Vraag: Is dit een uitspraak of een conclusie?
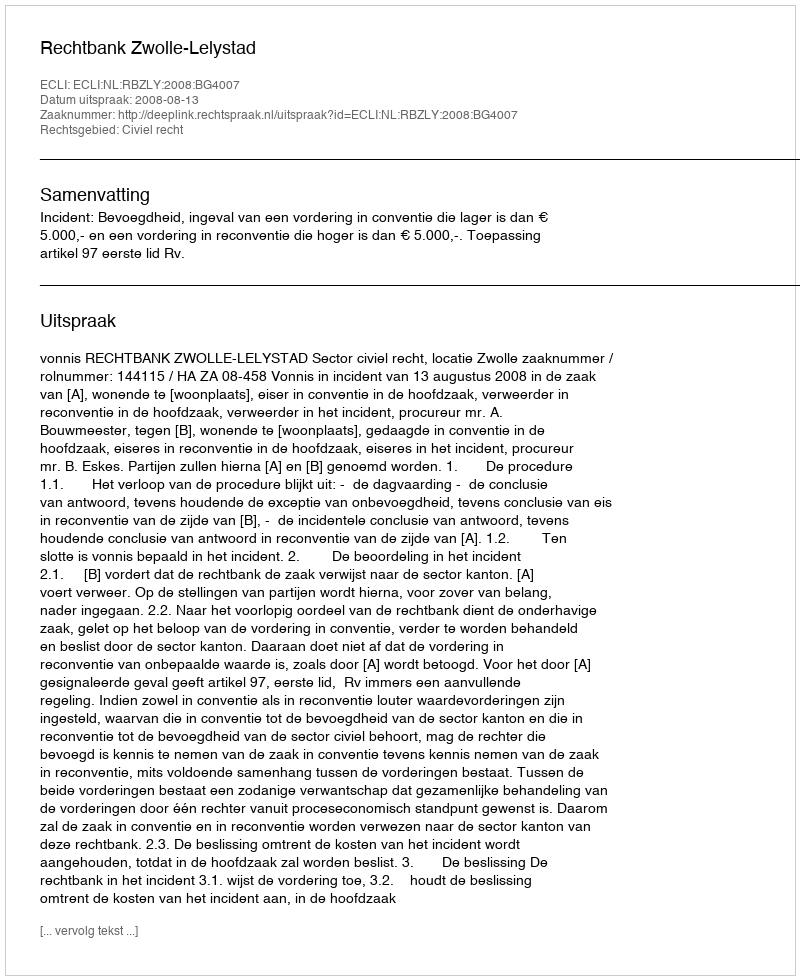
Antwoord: Uitspraak